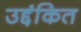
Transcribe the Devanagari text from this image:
उद्दंकित